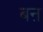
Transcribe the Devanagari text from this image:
बऩ